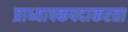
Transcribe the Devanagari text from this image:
प्राध्यापकपदाकरता